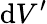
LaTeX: \mathrm{d}V^{\prime}